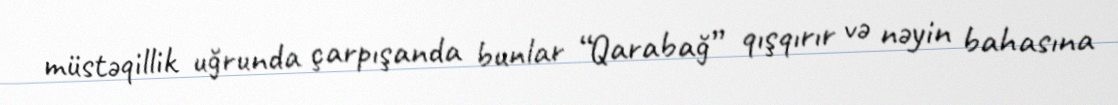
müstəqillik uğrunda çarpışanda bunlar “Qarabağ” qışqırır və nəyin bahasına